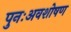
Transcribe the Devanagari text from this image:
पुनःअवशोषण